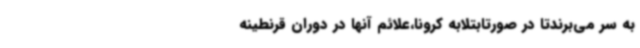
به سر می‌برندتا در صورتابتلابه کرونا،علائم آنها در دوران قرنطینه